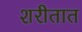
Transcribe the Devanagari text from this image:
शरीतात